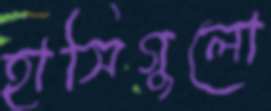
হাসিগুলো